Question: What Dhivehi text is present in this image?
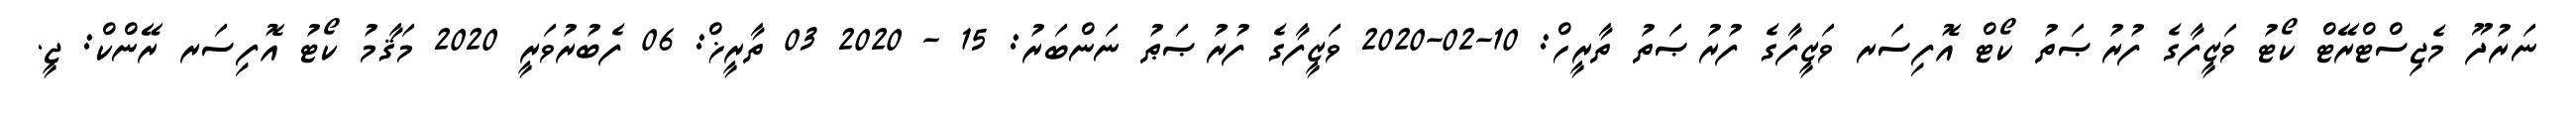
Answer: ނަރުދޫ މެޖިސްޓްރޭޓް ކޯޓު ވަޒީފާގެ ފުރުޞަތު ކޯޓް އޮފިސަރ ވަޒީފާގެ ފުރުޞަތު ތާރީހް: 10-02-2020 ވަޒީފާގެ ފުރުޞަޠު ނަންބަރު: 15 - 2020 03 ތާރީޚް: 06 ފެބުރުވަރީ 2020 މަޤާމު ކޯޓު އޮފިސަރ ރޭންކް: ޖީ.